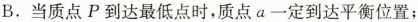
B.当质点P到达最低点时,质点a一定到达平衡位置;